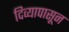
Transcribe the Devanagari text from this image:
दिव्यापासून